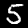
Digit: 5